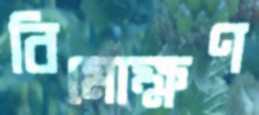
বিমোক্ষণ